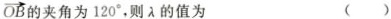
\overrightarrow{OB} 的夹角为120°，则λ的值为 ()